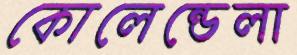
কোলেন্ডেলা